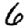
Digit: 6